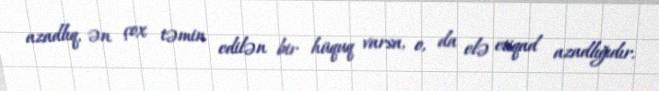
azadlıq, ən çox təmin edilən bir hüquq varsa, o, da elə etiqad azadlığıdır.